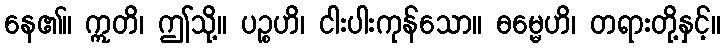
နေ၏။ ဣတိ၊ ဤသို့။ ပဉ္စဟိ၊ ငါးပါးကုန်သော။ ဓမ္မေဟိ၊ တရားတို့နှင့်။